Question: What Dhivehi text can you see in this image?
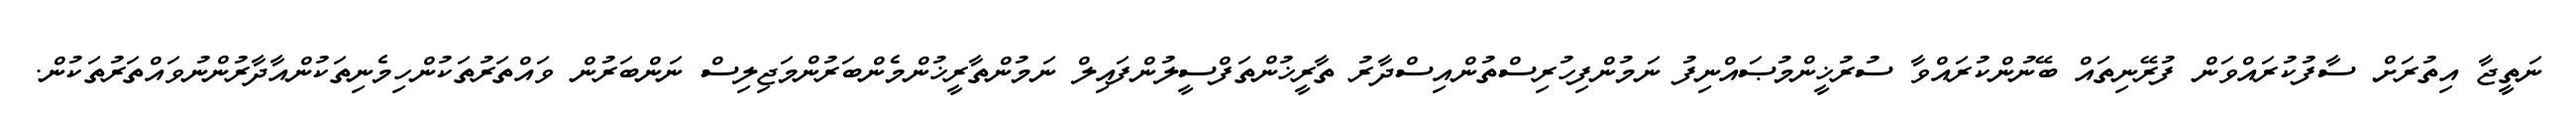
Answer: ނަތީޖާ އިތުރަށް ސާފުކުރައްވަން ފުރޭނިތައް ބޭނުންކުރައްވާ ސުރުޚީންމުޞައްނިފު ނަމުންފިހުރިސްތުންއިސްދާރު ތާރީޚުންތަފްސީލުންފައިލް ނަމުންތާރީޚުންމެންބަރުންމަޖިލިސް ނަންބަރުން ވައްތަރުތަކުންހިމެނިތަކުންއާދާރުންނުވައްތަރުތަކުން.